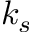
k _ { s }